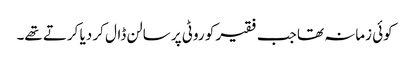
کوئی زمانہ تھا جب فقیر کو روٹی پر سالن ڈال کر دیا کرتے تھے۔